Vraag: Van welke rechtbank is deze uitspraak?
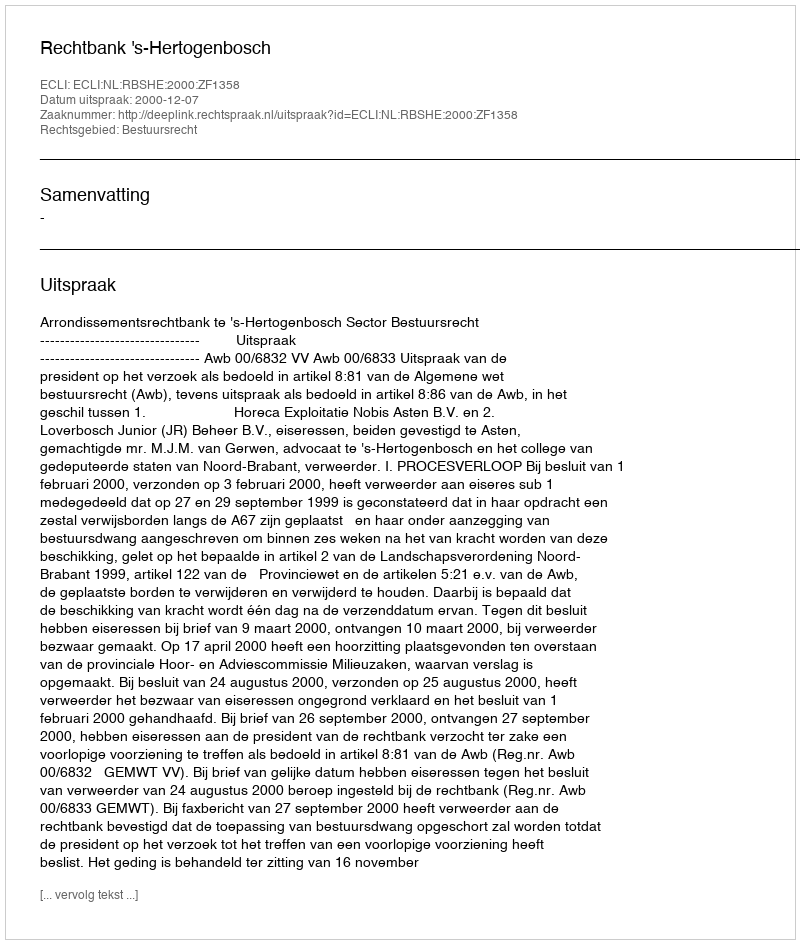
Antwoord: Rechtbank 's-Hertogenbosch